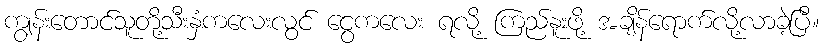
ကျွန်းတောင်သူတို့သီးနှံကလေးလွင် ငွေကလေး ရလို့ ကြည်နူးဖို့ အချိန်ရောက်လို့လာခဲ့ပြီ။